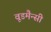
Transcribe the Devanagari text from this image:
वूडमैन्सी